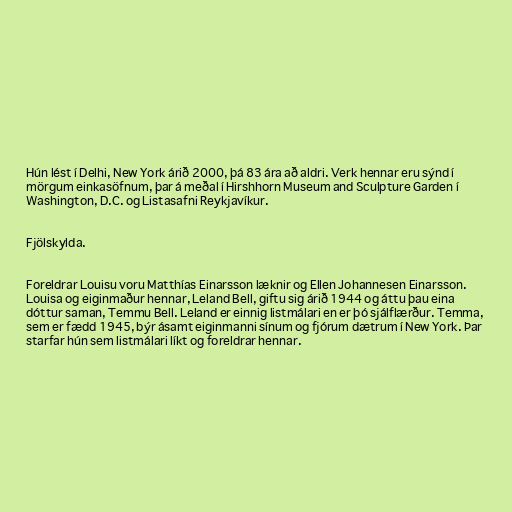
Hún lést í Delhi, New York árið 2000, þá 83 ára að aldri. Verk hennar eru sýnd í
mörgum einkasöfnum, þar á meðal í Hirshhorn Museum and Sculpture Garden í
Washington, D.C. og Listasafni Reykjavíkur.

Fjölskylda.

Foreldrar Louisu voru Matthías Einarsson læknir og Ellen Johannesen Einarsson.
Louisa og eiginmaður hennar, Leland Bell, giftu sig árið 1944 og áttu þau eina
dóttur saman, Temmu Bell. Leland er einnig listmálari en er þó sjálflærður. Temma,
sem er fædd 1945, býr ásamt eiginmanni sínum og fjórum dætrum í New York. Þar
starfar hún sem listmálari líkt og foreldrar hennar.